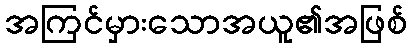
အကြင်မှားသောအယူ၏အဖြစ်